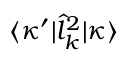
\langle \kappa ^ { \prime } | \hat { l } _ { k } ^ { 2 } | \kappa \rangle